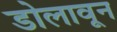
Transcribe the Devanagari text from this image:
डोलावून